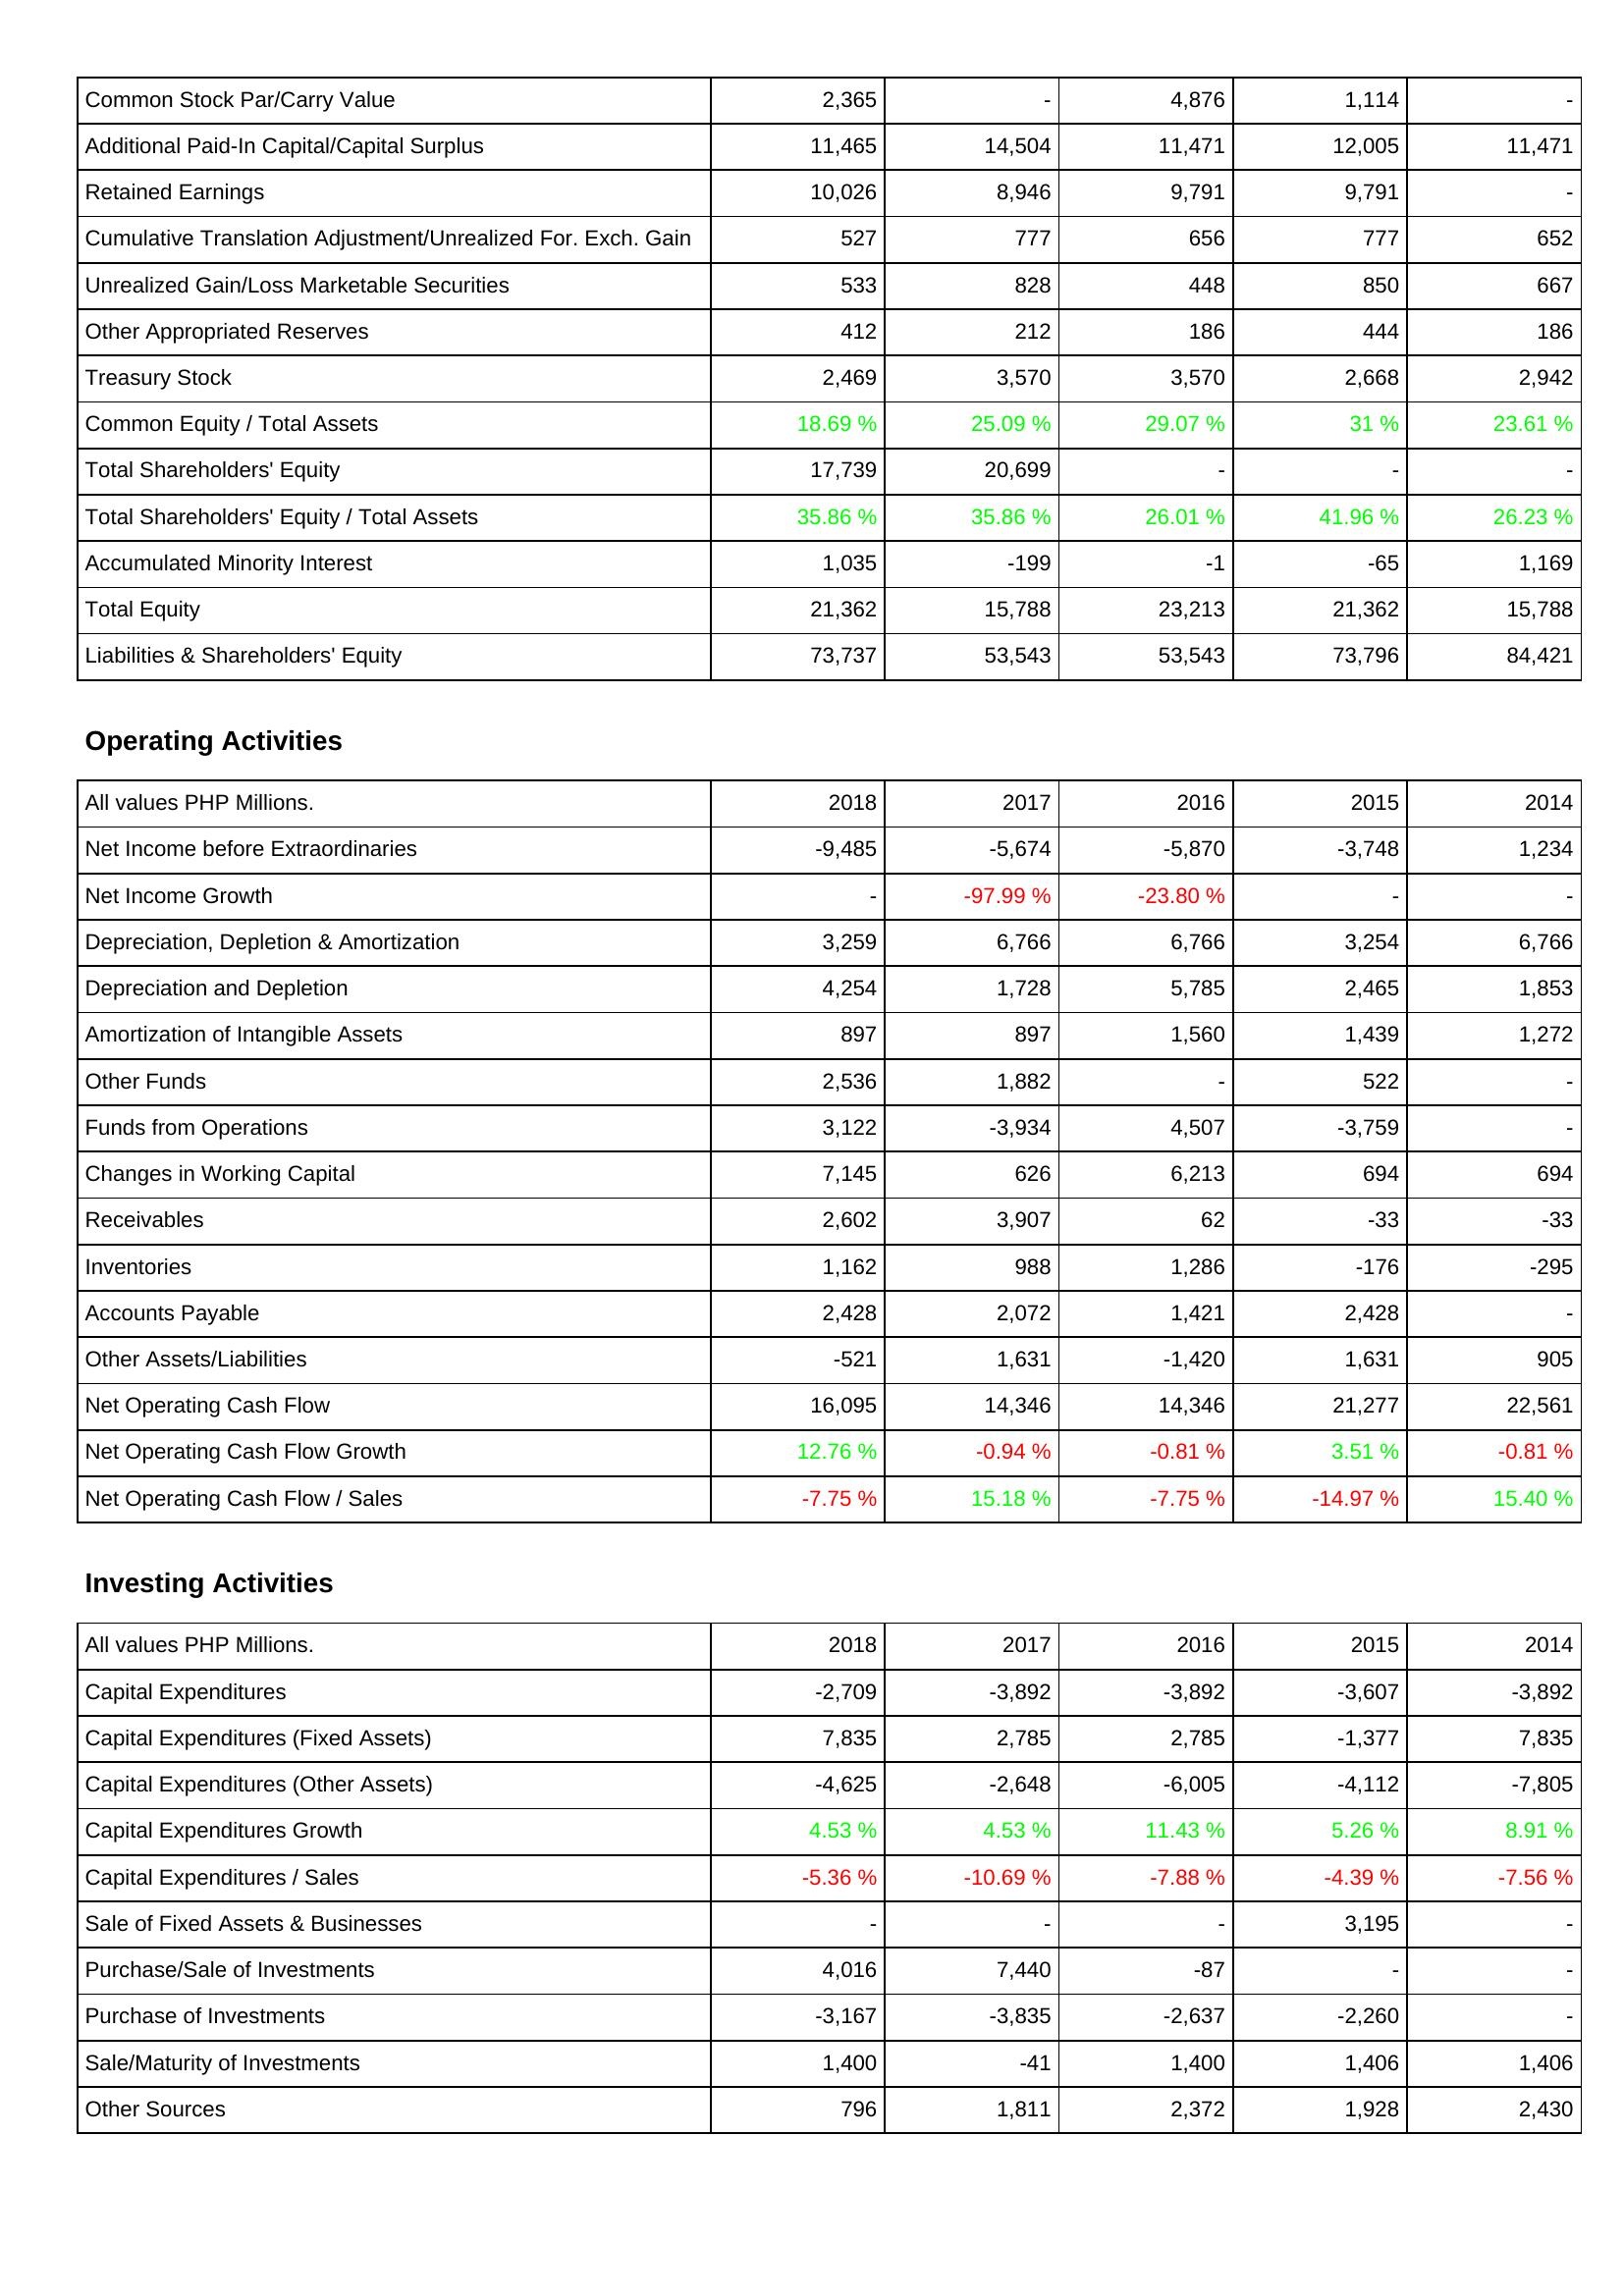
2018: Liabilities & Shareholders' Equity: Common Stock Par/Carry Value: 2,365
Additional Paid-In Capital/Capital Surplus: 11,465
Retained Earnings: 10,026
Cumulative Translation Adjustment/Unrealized For. Exch. Gain: 527
Unrealized Gain/Loss Marketable Securities: 533
Other Appropriated Reserves: 412
Treasury Stock: 2,469
Common Equity / Total Assets: 18.69 %
Total Shareholders' Equity: 17,739
Total Shareholders' Equity / Total Assets: 35.86 %
Accumulated Minority Interest: 1,035
Total Equity: 21,362
Liabilities & Shareholders' Equity: 73,737
Operating Activities: Net Income before Extraordinaries: -9,485
Net Income Growth: -
Depreciation, Depletion & Amortization: 3,259
Depreciation and Depletion: 4,254
Amortization of Intangible Assets: 897
Other Funds: 2,536
Funds from Operations: 3,122
Changes in Working Capital: 7,145
Receivables: 2,602
Inventories: 1,162
Accounts Payable: 2,428
Other Assets/Liabilities: -521
Net Operating Cash Flow: 16,095
Net Operating Cash Flow Growth: 12.76 %
Net Operating Cash Flow / Sales: -7.75 %
Investing Activities: Capital Expenditures: -2,709
Capital Expenditures (Fixed Assets): 7,835
Capital Expenditures (Other Assets): -4,625
Capital Expenditures Growth: 4.53 %
Capital Expenditures / Sales: -5.36 %
Sale of Fixed Assets & Businesses: -
Purchase/Sale of Investments: 4,016
Purchase of Investments: -3,167
Sale/Maturity of Investments: 1,400
Other Sources: 796
2017: Liabilities & Shareholders' Equity: Common Stock Par/Carry Value: -
Additional Paid-In Capital/Capital Surplus: 14,504
Retained Earnings: 8,946
Cumulative Translation Adjustment/Unrealized For. Exch. Gain: 777
Unrealized Gain/Loss Marketable Securities: 828
Other Appropriated Reserves: 212
Treasury Stock: 3,570
Common Equity / Total Assets: 25.09 %
Total Shareholders' Equity: 20,699
Total Shareholders' Equity / Total Assets: 35.86 %
Accumulated Minority Interest: -199
Total Equity: 15,788
Liabilities & Shareholders' Equity: 53,543
Operating Activities: Net Income before Extraordinaries: -5,674
Net Income Growth: -97.99 %
Depreciation, Depletion & Amortization: 6,766
Depreciation and Depletion: 1,728
Amortization of Intangible Assets: 897
Other Funds: 1,882
Funds from Operations: -3,934
Changes in Working Capital: 626
Receivables: 3,907
Inventories: 988
Accounts Payable: 2,072
Other Assets/Liabilities: 1,631
Net Operating Cash Flow: 14,346
Net Operating Cash Flow Growth: -0.94 %
Net Operating Cash Flow / Sales: 15.18 %
Investing Activities: Capital Expenditures: -3,892
Capital Expenditures (Fixed Assets): 2,785
Capital Expenditures (Other Assets): -2,648
Capital Expenditures Growth: 4.53 %
Capital Expenditures / Sales: -10.69 %
Sale of Fixed Assets & Businesses: -
Purchase/Sale of Investments: 7,440
Purchase of Investments: -3,835
Sale/Maturity of Investments: -41
Other Sources: 1,811
2016: Liabilities & Shareholders' Equity: Common Stock Par/Carry Value: 4,876
Additional Paid-In Capital/Capital Surplus: 11,471
Retained Earnings: 9,791
Cumulative Translation Adjustment/Unrealized For. Exch. Gain: 656
Unrealized Gain/Loss Marketable Securities: 448
Other Appropriated Reserves: 186
Treasury Stock: 3,570
Common Equity / Total Assets: 29.07 %
Total Shareholders' Equity: -
Total Shareholders' Equity / Total Assets: 26.01 %
Accumulated Minority Interest: -1
Total Equity: 23,213
Liabilities & Shareholders' Equity: 53,543
Operating Activities: Net Income before Extraordinaries: -5,870
Net Income Growth: -23.80 %
Depreciation, Depletion & Amortization: 6,766
Depreciation and Depletion: 5,785
Amortization of Intangible Assets: 1,560
Other Funds: -
Funds from Operations: 4,507
Changes in Working Capital: 6,213
Receivables: 62
Inventories: 1,286
Accounts Payable: 1,421
Other Assets/Liabilities: -1,420
Net Operating Cash Flow: 14,346
Net Operating Cash Flow Growth: -0.81 %
Net Operating Cash Flow / Sales: -7.75 %
Investing Activities: Capital Expenditures: -3,892
Capital Expenditures (Fixed Assets): 2,785
Capital Expenditures (Other Assets): -6,005
Capital Expenditures Growth: 11.43 %
Capital Expenditures / Sales: -7.88 %
Sale of Fixed Assets & Businesses: -
Purchase/Sale of Investments: -87
Purchase of Investments: -2,637
Sale/Maturity of Investments: 1,400
Other Sources: 2,372
2015: Liabilities & Shareholders' Equity: Common Stock Par/Carry Value: 1,114
Additional Paid-In Capital/Capital Surplus: 12,005
Retained Earnings: 9,791
Cumulative Translation Adjustment/Unrealized For. Exch. Gain: 777
Unrealized Gain/Loss Marketable Securities: 850
Other Appropriated Reserves: 444
Treasury Stock: 2,668
Common Equity / Total Assets: 31 %
Total Shareholders' Equity: -
Total Shareholders' Equity / Total Assets: 41.96 %
Accumulated Minority Interest: -65
Total Equity: 21,362
Liabilities & Shareholders' Equity: 73,796
Operating Activities: Net Income before Extraordinaries: -3,748
Net Income Growth: -
Depreciation, Depletion & Amortization: 3,254
Depreciation and Depletion: 2,465
Amortization of Intangible Assets: 1,439
Other Funds: 522
Funds from Operations: -3,759
Changes in Working Capital: 694
Receivables: -33
Inventories: -176
Accounts Payable: 2,428
Other Assets/Liabilities: 1,631
Net Operating Cash Flow: 21,277
Net Operating Cash Flow Growth: 3.51 %
Net Operating Cash Flow / Sales: -14.97 %
Investing Activities: Capital Expenditures: -3,607
Capital Expenditures (Fixed Assets): -1,377
Capital Expenditures (Other Assets): -4,112
Capital Expenditures Growth: 5.26 %
Capital Expenditures / Sales: -4.39 %
Sale of Fixed Assets & Businesses: 3,195
Purchase/Sale of Investments: -
Purchase of Investments: -2,260
Sale/Maturity of Investments: 1,406
Other Sources: 1,928
2014: Liabilities & Shareholders' Equity: Common Stock Par/Carry Value: -
Additional Paid-In Capital/Capital Surplus: 11,471
Retained Earnings: -
Cumulative Translation Adjustment/Unrealized For. Exch. Gain: 652
Unrealized Gain/Loss Marketable Securities: 667
Other Appropriated Reserves: 186
Treasury Stock: 2,942
Common Equity / Total Assets: 23.61 %
Total Shareholders' Equity: -
Total Shareholders' Equity / Total Assets: 26.23 %
Accumulated Minority Interest: 1,169
Total Equity: 15,788
Liabilities & Shareholders' Equity: 84,421
Operating Activities: Net Income before Extraordinaries: 1,234
Net Income Growth: -
Depreciation, Depletion & Amortization: 6,766
Depreciation and Depletion: 1,853
Amortization of Intangible Assets: 1,272
Other Funds: -
Funds from Operations: -
Changes in Working Capital: 694
Receivables: -33
Inventories: -295
Accounts Payable: -
Other Assets/Liabilities: 905
Net Operating Cash Flow: 22,561
Net Operating Cash Flow Growth: -0.81 %
Net Operating Cash Flow / Sales: 15.40 %
Investing Activities: Capital Expenditures: -3,892
Capital Expenditures (Fixed Assets): 7,835
Capital Expenditures (Other Assets): -7,805
Capital Expenditures Growth: 8.91 %
Capital Expenditures / Sales: -7.56 %
Sale of Fixed Assets & Businesses: -
Purchase/Sale of Investments: -
Purchase of Investments: -
Sale/Maturity of Investments: 1,406
Other Sources: 2,430